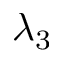
\lambda _ { 3 }